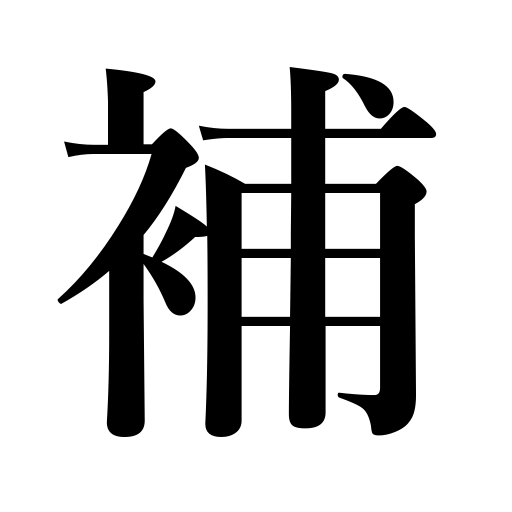
Meanings: piece out,learner,supply,compensate for,assistant,supplement,make good,offset,stop a gap,make up losses